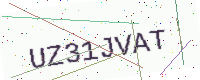
Text: UZ31JVAT